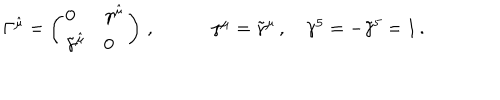
\begin{array} { c c c } { { \Gamma ^ { \hat { \mu } } = \left( \begin{array} { l l } { { 0 } } & { { \gamma ^ { \hat { \mu } } } } \\ { { \tilde { \gamma } ^ { \hat { \mu } } } } & { { 0 } } \\ \end{array} \right) \, , ~ } } & { { ~ \gamma ^ { \mu } = \tilde { \gamma } ^ { \mu } \, , ~ \gamma ^ { 5 } = - \tilde { \gamma } ^ { 5 } = 1 \, . } } \\ \end{array}